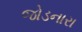
જોડનારા